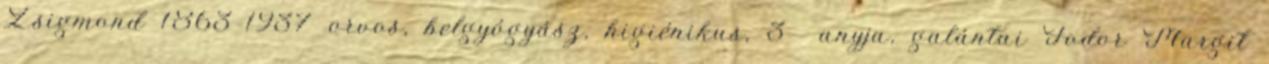
Zsigmond 1863–1937 orvos, belgyógyász, higiénikus, 3 anyja, galántai Fodor Margit